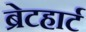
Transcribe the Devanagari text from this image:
ब्रेटहार्ट